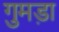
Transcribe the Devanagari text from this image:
गुमड़ा